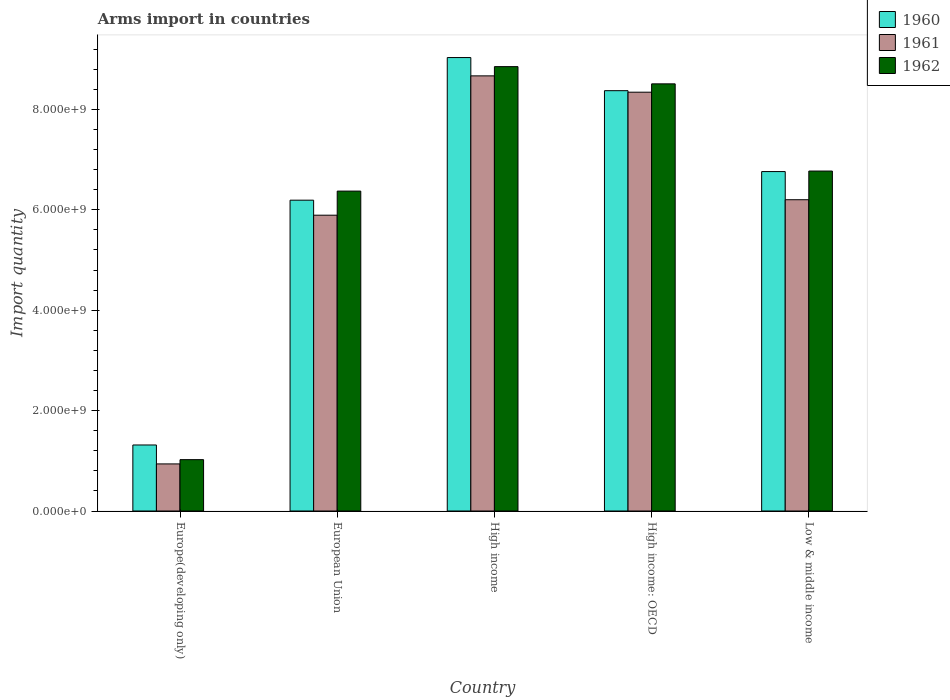
| Country | 1960 | 1961 | 1962 |
 | --- | --- | --- | --- |
 | Europe(developing only) | 1.32e+09 | 9.38e+08 | 1.02e+09 |
 | European Union | 6.19e+09 | 5.89e+09 | 6.37e+09 |
 | High income | 9.03e+09 | 8.67e+09 | 8.85e+09 |
 | High income: OECD | 8.37e+09 | 8.34e+09 | 8.51e+09 |
 | Low & middle income | 6.76e+09 | 6.2e+09 | 6.77e+09 |